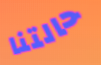
حالتنا